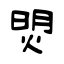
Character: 焽